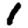
Digit: 1